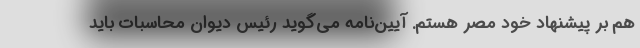
هم بر پیشنهاد خود مصر هستم. آیین‌نامه می‌گوید رئیس دیوان محاسبات باید